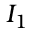
{ \cal I } _ { 1 }